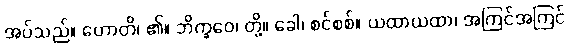
အပ်သည်။ ဟောတိ၊ ၏။ ဘိက္ခဝေ၊ တို့။ ခေါ၊ စင်စစ်။ ယထာယထာ၊ အကြင်အကြင်